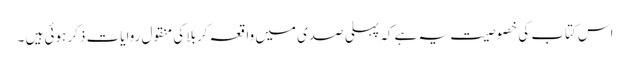
اس کتاب کی خصوصیت یہ ہے کہ پہلی صدی میں واقعہ کربلا کی منقول روایات ذکر ہوئی ہیں ۔